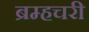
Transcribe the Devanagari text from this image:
ब्रम्हचरी